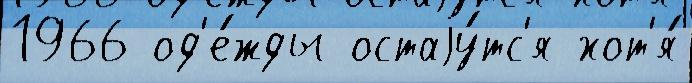
1966 од'е́жды остаjу́тс'я хот'я́